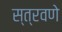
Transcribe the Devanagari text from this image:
स्त्रवणे